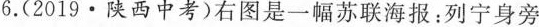
6.(2019·陕西中考)右图是一幅苏联海报：列宁身旁